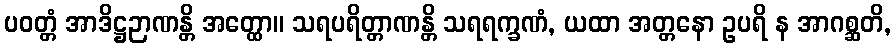
ပဝတ္တံ အာဒိဋ္ဌဉာဏန္တိ အတ္ထော။ သရပရိတ္တာဏန္တိ သရရက္ခဏံ, ယထာ အတ္တနော ဥပရိ န အာဂစ္ဆတိ,